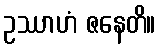
ဥဿာဟံ ဇနေတိ။